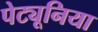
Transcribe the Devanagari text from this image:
पेट्यूनिया